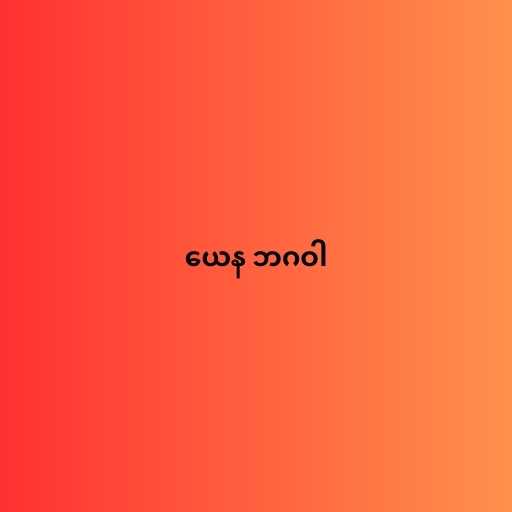
ယေန ဘဂဝါ